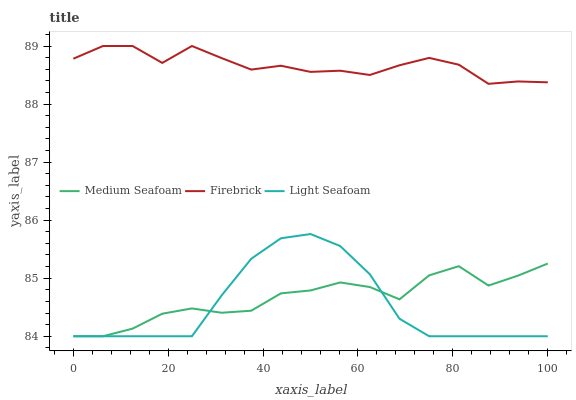
| xaxis_label | Medium Seafoam | Firebrick | Light Seafoam |
 | --- | --- | --- | --- |
 | 0 | 84 | 88.8 | 84 |
 | 6.25 | 84 | 89 | 84 |
 | 12.5 | 84.1 | 89 | 84 |
 | 18.8 | 84.4 | 88.7 | 84 |
 | 25 | 84.5 | 89 | 84 |
 | 31.2 | 84.4 | 88.8 | 84.7 |
 | 37.5 | 84.4 | 88.6 | 85.3 |
 | 43.8 | 84.7 | 88.7 | 85.7 |
 | 50 | 84.8 | 88.6 | 85.8 |
 | 56.2 | 84.9 | 88.6 | 85.6 |
 | 62.5 | 84.8 | 88.5 | 85.1 |
 | 68.8 | 84.6 | 88.7 | 84.3 |
 | 75 | 85 | 88.8 | 84 |
 | 81.2 | 85.2 | 88.7 | 84 |
 | 87.5 | 84.9 | 88.3 | 84 |
 | 93.8 | 85 | 88.4 | 84 |
 | 100 | 85.3 | 88.4 | 84 |